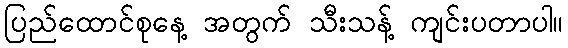
ပြည်ထောင်စုနေ့ အတွက် သီးသန့် ကျင်းပတာပါ။